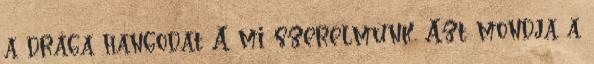
a drága hangodat A mi szerelmünk. Azt mondja a